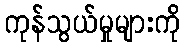
ကုန်သွယ်မှုများကို